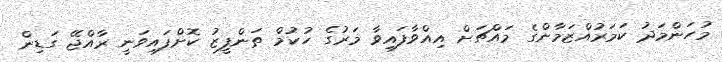
މުހަންމަދު ކަމަރުއްޒަމާންގެ މައްޗަށް އިއްވާފައިވާ މަރުގެ ހުކުމް ތަންފީޒު ކޮށްފައިވަނީ ރާއްޖޭ ގަޑިން